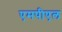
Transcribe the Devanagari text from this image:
एमपीएल